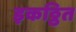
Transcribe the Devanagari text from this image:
इकठ्ठित